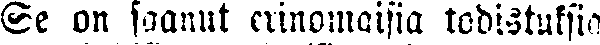
Se on saanut erinomaisia todistuksia